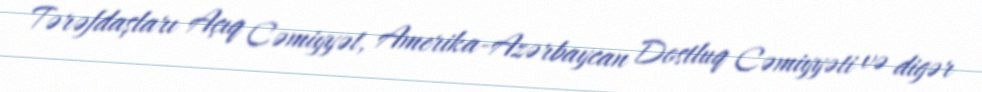
Tərəfdaşları Açıq Cəmiyyət, Amerika-Azərbaycan Dostluq Cəmiyyəti və digər